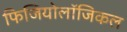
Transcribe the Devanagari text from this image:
फिजियोलॉजिकल